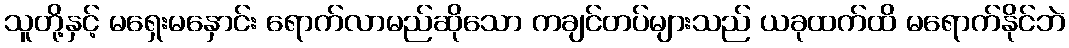
သူတို့နှင့် မရှေးမနှောင်း ရောက်လာမည်ဆိုသော ကချင်တပ်များသည် ယခုထက်ထိ မရောက်နိုင်ဘဲ